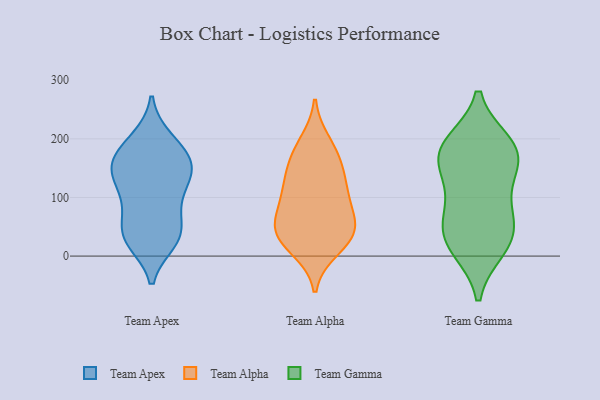
{"axis": {"x": "Inventory Turnover", "y": "Value"}, "legend": ["Team Alpha", "Team Apex", "Team Gamma"], "data": [{"x": "", "y": 199, "type": "Team Apex"}, {"x": "", "y": 104, "type": "Team Apex"}, {"x": "", "y": 37, "type": "Team Apex"}, {"x": "", "y": 81, "type": "Team Apex"}, {"x": "", "y": 36, "type": "Team Apex"}, {"x": "", "y": 147, "type": "Team Apex"}, {"x": "", "y": 30, "type": "Team Apex"}, {"x": "", "y": 140, "type": "Team Apex"}, {"x": "", "y": 140, "type": "Team Apex"}, {"x": "", "y": 194, "type": "Team Apex"}, {"x": "", "y": 38, "type": "Team Apex"}, {"x": "", "y": 173, "type": "Team Apex"}, {"x": "", "y": 91, "type": "Team Apex"}, {"x": "", "y": 153, "type": "Team Apex"}, {"x": "", "y": 26, "type": "Team Apex"}, {"x": "", "y": 141, "type": "Team Apex"}, {"x": "", "y": 170, "type": "Team Apex"}, {"x": "", "y": 39, "type": "Team Alpha"}, {"x": "", "y": 53, "type": "Team Alpha"}, {"x": "", "y": 30, "type": "Team Alpha"}, {"x": "", "y": 13, "type": "Team Alpha"}, {"x": "", "y": 137, "type": "Team Alpha"}, {"x": "", "y": 30, "type": "Team Alpha"}, {"x": "", "y": 175, "type": "Team Alpha"}, {"x": "", "y": 120, "type": "Team Alpha"}, {"x": "", "y": 161, "type": "Team Alpha"}, {"x": "", "y": 53, "type": "Team Alpha"}, {"x": "", "y": 101, "type": "Team Alpha"}, {"x": "", "y": 69, "type": "Team Alpha"}, {"x": "", "y": 193, "type": "Team Alpha"}, {"x": "", "y": 104, "type": "Team Alpha"}, {"x": "", "y": 191, "type": "Team Gamma"}, {"x": "", "y": 57, "type": "Team Gamma"}, {"x": "", "y": 14, "type": "Team Gamma"}, {"x": "", "y": 187, "type": "Team Gamma"}, {"x": "", "y": 133, "type": "Team Gamma"}, {"x": "", "y": 178, "type": "Team Gamma"}, {"x": "", "y": 170, "type": "Team Gamma"}, {"x": "", "y": 20, "type": "Team Gamma"}, {"x": "", "y": 96, "type": "Team Gamma"}, {"x": "", "y": 61, "type": "Team Gamma"}, {"x": "", "y": 165, "type": "Team Gamma"}, {"x": "", "y": 31, "type": "Team Gamma"}]}